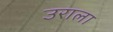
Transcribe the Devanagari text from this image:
उराला